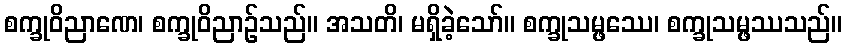
စက္ခုဝိညာဏေ၊ စက္ခုဝိညာဉ်သည်။ အသတိ၊ မရှိခဲ့သော်။ စက္ခုသမ္ဖဿေ၊ စက္ခုသမ္ဖဿသည်။